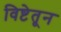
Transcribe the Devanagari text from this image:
विष्टेतून